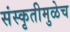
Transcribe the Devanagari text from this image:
संस्कृतीमुळेच